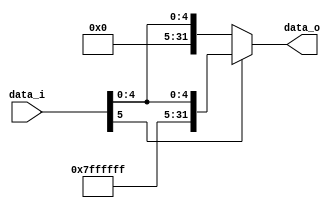
module Shamt_Extend(
    data_i,
    data_o
    );
               
//I/O ports
input   [6-1:0] data_i;
output  [32-1:0] data_o;

//Internal Signals
wire     [32-1:0] data_o;

//Sign extended
assign data_o = data_i[5]? {27'b111111111111111111111111111,data_i}:{27'b000000000000000000000000000,data_i};   
endmodule